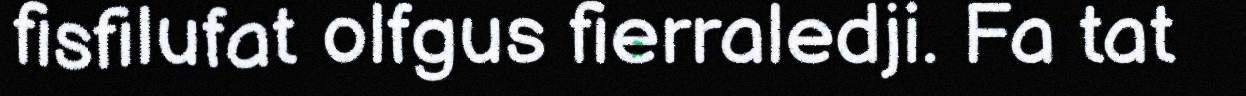
fisfilufat olfgus fierraledji. Fa tat